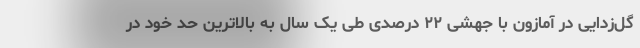
گل‌زدایی در آمازون با جهشی ۲۲ درصدی طی یک سال به بالاترین حد خود در